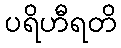
ပရိဟီရတိ